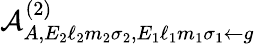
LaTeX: \mathcal{A}_{A,E_{2}\ell_{2}m_{2}\sigma_{2},E_{1}\ell_{1}m_{1}\sigma_{1}\gets g}^{(2)}